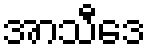
အာသီဒေ